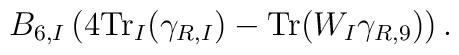
B_{6,I} \left( 4 {\rm Tr}_I(\gamma_{R,I}) - {\rm Tr} (W_I\gamma_{R,9}) \right).